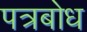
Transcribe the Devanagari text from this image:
पत्रबोध